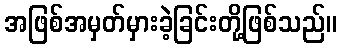
အဖြစ်အမှတ်မှားခဲ့ခြင်းတို့ဖြစ်သည်။